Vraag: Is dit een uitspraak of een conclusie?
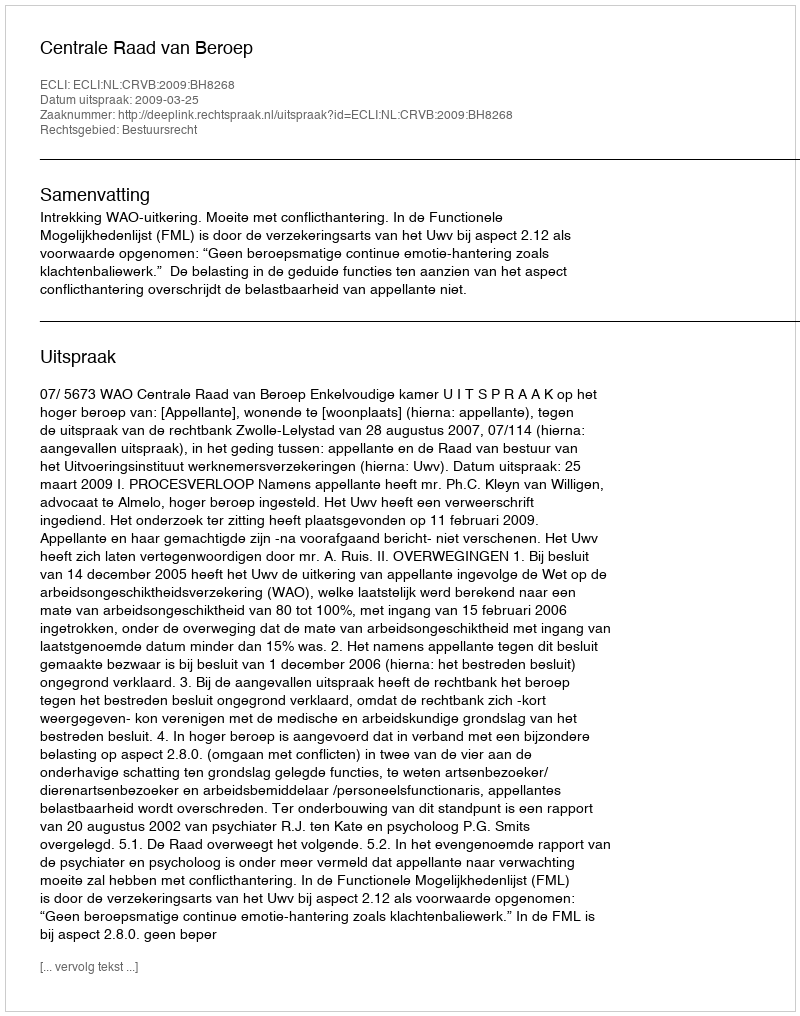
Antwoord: Uitspraak